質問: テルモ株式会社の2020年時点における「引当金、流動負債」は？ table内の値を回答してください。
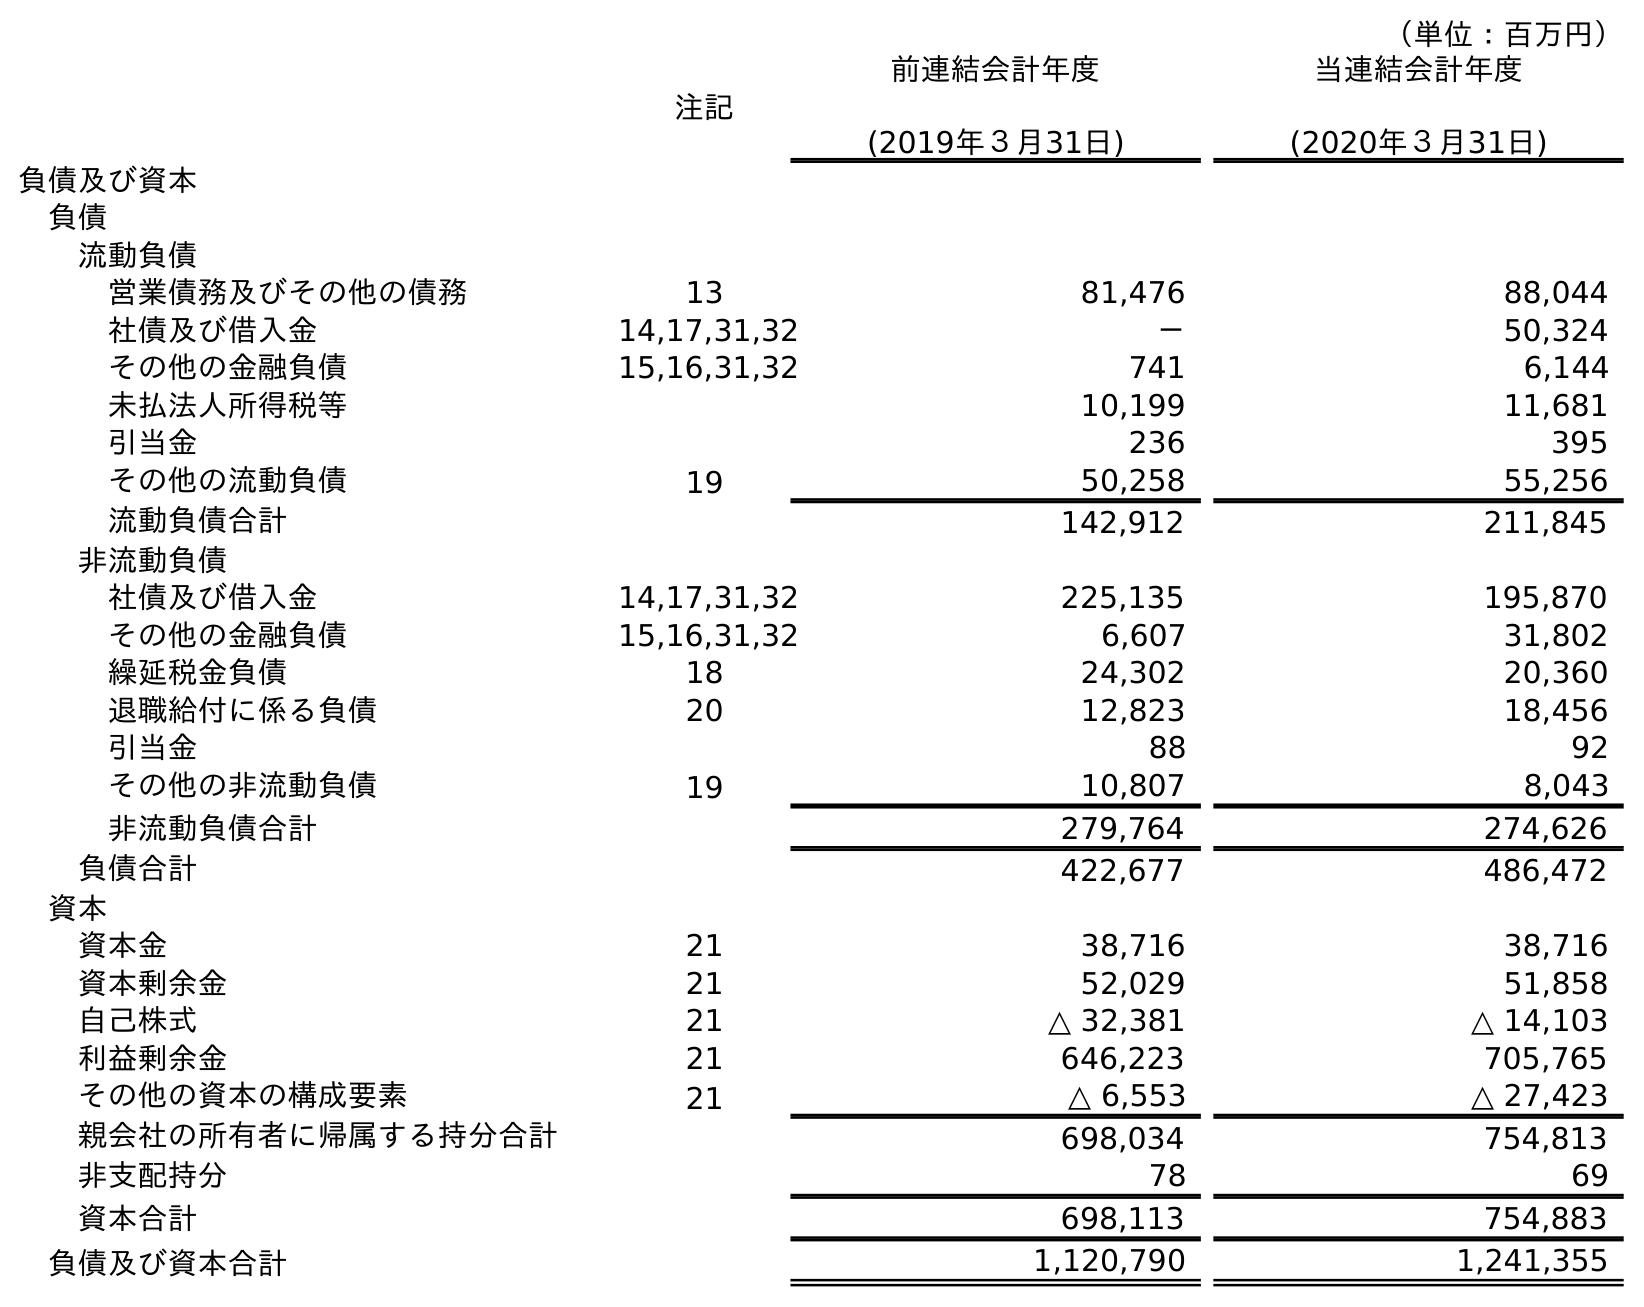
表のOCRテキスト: （単位：百万円） 注記 前連結会計年度 (2019年３月31日) 当連結会計年度 (2020年３月31日) 負債及び資本 負債 流動負債 営業債務及びその他の債務 13 81,476 88,044 社債及び借入金 14,17,31,32 － 50,324 その他の金融負債 15,16,31,32 741 6,144 未払法人所得税等 10,199 11,681 引当金 236 395 その他の流動負債 19 50,258 55,256 流動負債合計 142,912 211,845 非流動負債 社債及び借入金 14,17,31,32 225,135 195,870 その他の金融負債 15,16,31,32 6,607 31,802 繰延税金負債 18 24,302 20,360 退職給付に係る負債 20 12,823 18,456 引当金 88 92 その他の非流動負債 19 10,807 8,043 非流動負債合計 279,764 274,626 負債合計 422,677 486,472 資本 資本金 21 38,716 38,716 資本剰余金 21 52,029 51,858 自己株式 21 △ 32,381 △ 14,103 利益剰余金 21 646,223 705,765 その他の資本の構成要素 21 △ 6,553 △ 27,423 親会社の所有者に帰属する持分合計 698,034 754,813 非支配持分 78 69 資本合計 698,113 754,883 負債及び資本合計 1,120,790 1,241,355
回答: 395